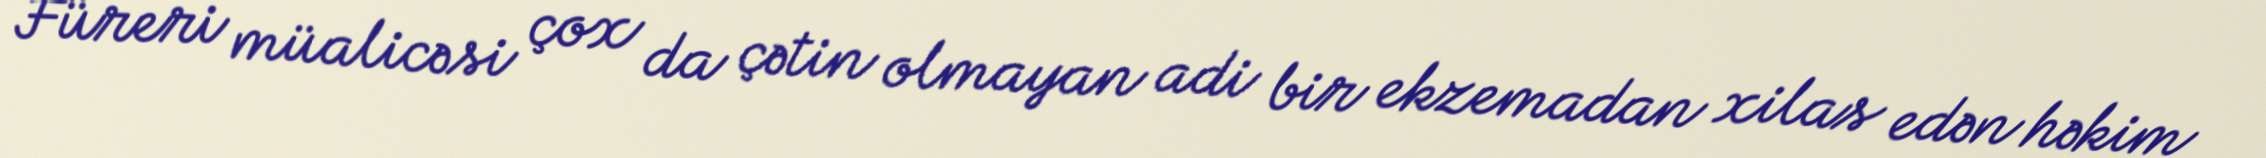
Füreri müalicəsi çox da çətin olmayan adi bir ekzemadan xilas edən həkim